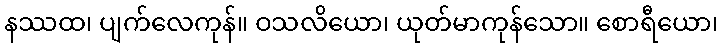
နဿထ၊ ပျက်လေကုန်။ ဝသလိယော၊ ယုတ်မာကုန်သော။ စောရီယော၊